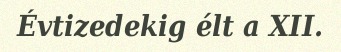
Évtizedekig élt a XII.